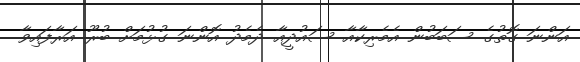
އަންނަ ގޮތުގެ ސަބަބުން އެމެރިކާއާ ސައުދީއާ ދެމެދު އޮންނަ ގުޅުމަށް ބުރޫ އަރާފައިވާ